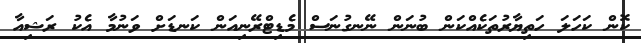
ކޮން ކަހަލަ ހަތިޔާރުތަކެއްކަން ބުނަން ނޭނގުނަސް މެޑިޓްރޭނިއަން ކަނޑަށް ވަނުމާ އެކު ރަޝިއާ